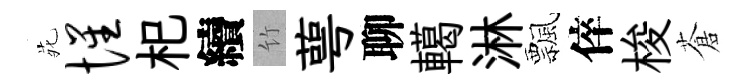
𫟍惺𣏌續竹萼聊轕淋飄倅梭蒼